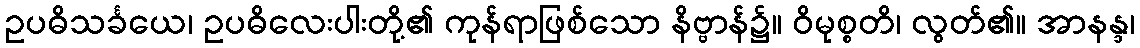
ဥပဓိသင်္ခယေ၊ ဥပဓိလေးပါးတို့၏ ကုန်ရာဖြစ်သော နိဗ္ဗာန်၌။ ဝိမုစ္စတိ၊ လွတ်၏။ အာနန္ဒ၊